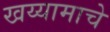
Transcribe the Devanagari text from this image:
खय्यामाचे